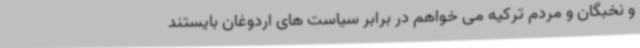
و نخبگان و مردم ترکیه می خواهم در برابر سیاست های اردوغان بایستند